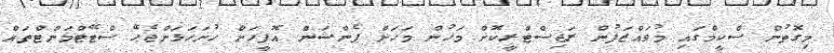
މިގޮތުން ސްކީމްގައި މުވައްޒަފުން ރަޖިސްޓްރީކޮށް މަހުން މަހަށް ޕެންޝަން އޮފީހަށް ހުށަހަޅަންޖެހޭ ސްޓޭޓްމަންޓްތައް